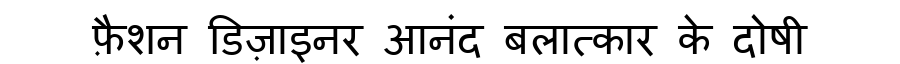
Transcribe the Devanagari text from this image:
फ़ैशन डिज़ाइनर आनंद बलात्कार के दोषी